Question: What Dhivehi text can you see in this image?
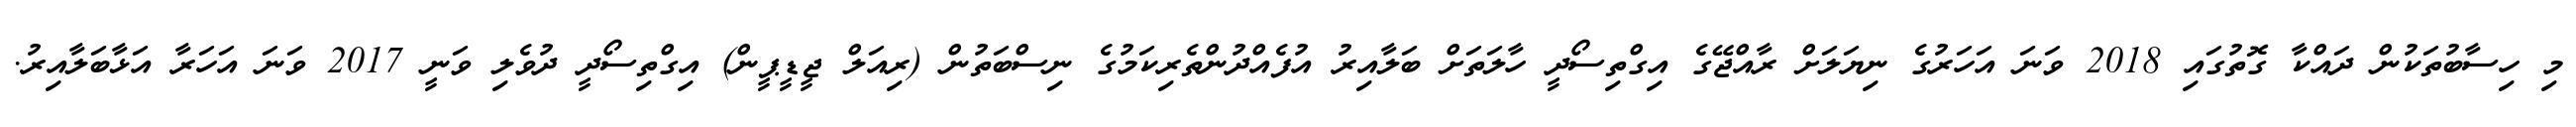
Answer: މި ހިސާބުތަކުން ދައްކާ ގޮތުގައި 2018 ވަނަ އަހަރުގެ ނިޔަލަށް ރާއްޖޭގެ އިގްތިސޯދީ ހާލަތަށް ބަލާއިރު އުފެއްދުންތެރިކަމުގެ ނިސްބަތުން (ރިއަލް ޖީޑީޕީން) އިގްތިސޯދީ ދުވެލި ވަނީ 2017 ވަނަ އަހަރާ އަޅާބަލާއިރު.